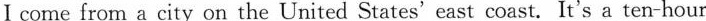
I come from a city on the United States' east coast.It's a ten-hour